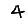
Digit: 4